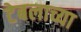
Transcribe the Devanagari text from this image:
टेबलाच्या